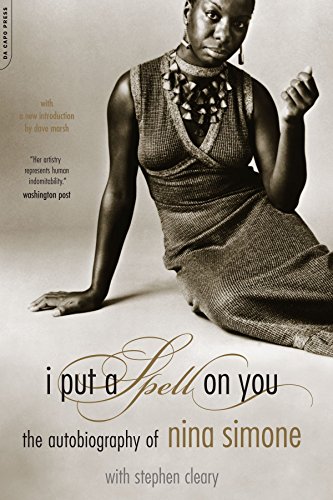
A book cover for I Put A Spell On You: The Autobiography Of Nina Simone; Nina Simone; Biographies & Memoirs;